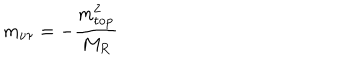
LaTeX: m _ { \nu \tau } = - \frac { m _ { \mathrm { t o p } } ^ { 2 } } { M _ { R } }